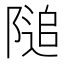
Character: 𨻡